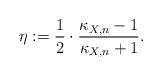
LaTeX: \begin{align*} \eta := \frac12 \cdot \frac{\kappa_{X,n}-1}{\kappa_{X,n}+1}.\end{align*}